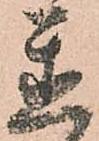
置